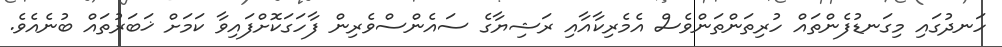
ހަނދުގައި މިގަނޑުފެންތައް ހުރިތަންތަންވެސް އެމެރިކާއާއި ރަޝިޔާގެ ސައެންސްވެރިން ފާހަގަކޮށްފައިވާ ކަމަށް ޚަބަރުތައް ބުނެއެވެ.